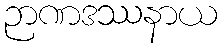
ဉာဏဒဿနာယ